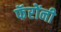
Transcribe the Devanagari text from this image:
फॅरोंनी